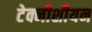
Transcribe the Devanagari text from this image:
टेक्नीशीयन